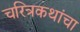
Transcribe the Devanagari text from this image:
चरित्रकथांचा